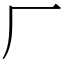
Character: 厂